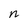
Character: n